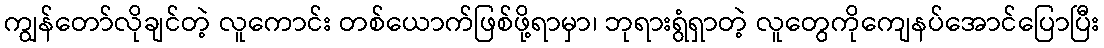
ကျွန်တော်လိုချင်တဲ့ လူကောင်း တစ်ယောက်ဖြစ်ဖို့ရာမှာ၊ ဘုရားရွံရှာတဲ့ လူတွေကိုကျေနပ်အောင်ပြောပြီး